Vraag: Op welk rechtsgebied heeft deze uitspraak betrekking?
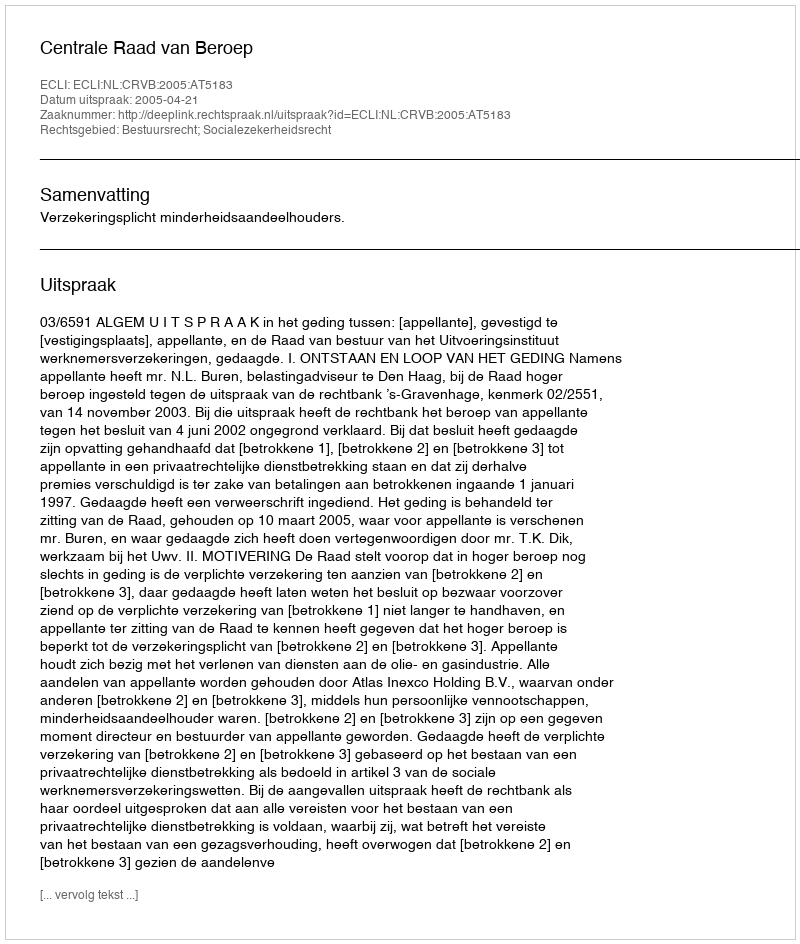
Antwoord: Bestuursrecht; Socialezekerheidsrecht